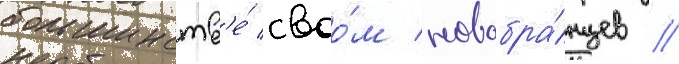
большинств'е́ своо́м новобра́нцев //